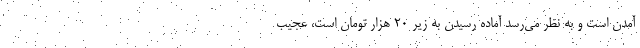
آمدن است و به نظر می‌رسد آماده رسیدن به زیر 20 هزار تومان است، عجیب